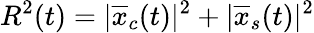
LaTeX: R^{2}(t)=|\overline{{x}}_{c}(t)|^{2}+|\overline{{x}}_{s}(t)|^{2}